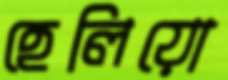
হেলিয়ো